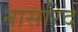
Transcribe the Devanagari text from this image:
नासरिद